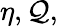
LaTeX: \eta,\mathcal{Q},